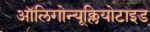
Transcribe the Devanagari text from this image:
ऑलिगोन्यूक्लियोटाइड